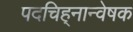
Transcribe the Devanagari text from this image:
पदचिह्‌नान्वेषक